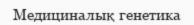
Медициналық генетика